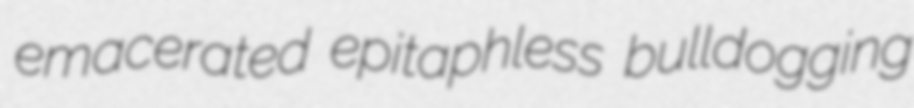
emacerated epitaphless bulldogging